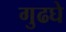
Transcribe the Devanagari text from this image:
गुढघे